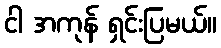
ငါ အကုန် ရှင်းပြမယ်။